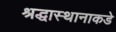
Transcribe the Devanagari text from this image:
श्रद्धास्थानाकडे